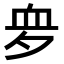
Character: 𧖪